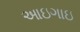
આઇગાઇ